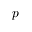
p